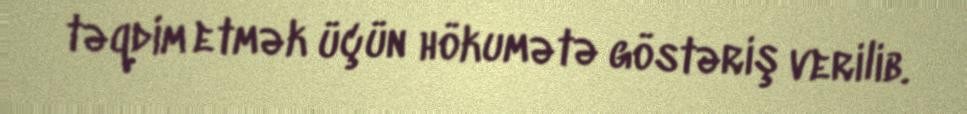
təqdim etmək üçün hökumətə göstəriş verilib.